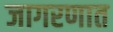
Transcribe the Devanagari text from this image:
जागरणात